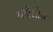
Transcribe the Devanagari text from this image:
बर्टीलोन